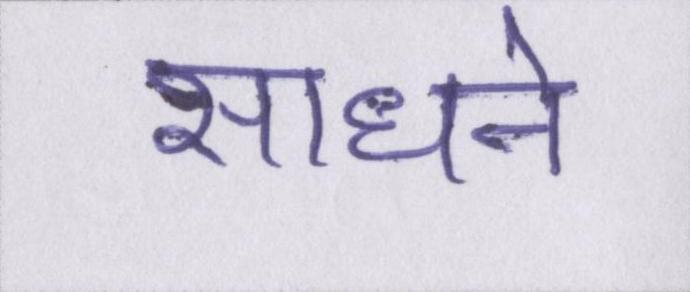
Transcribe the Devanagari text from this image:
साधने